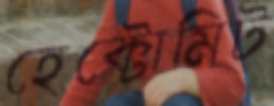
হেক্টোমিট